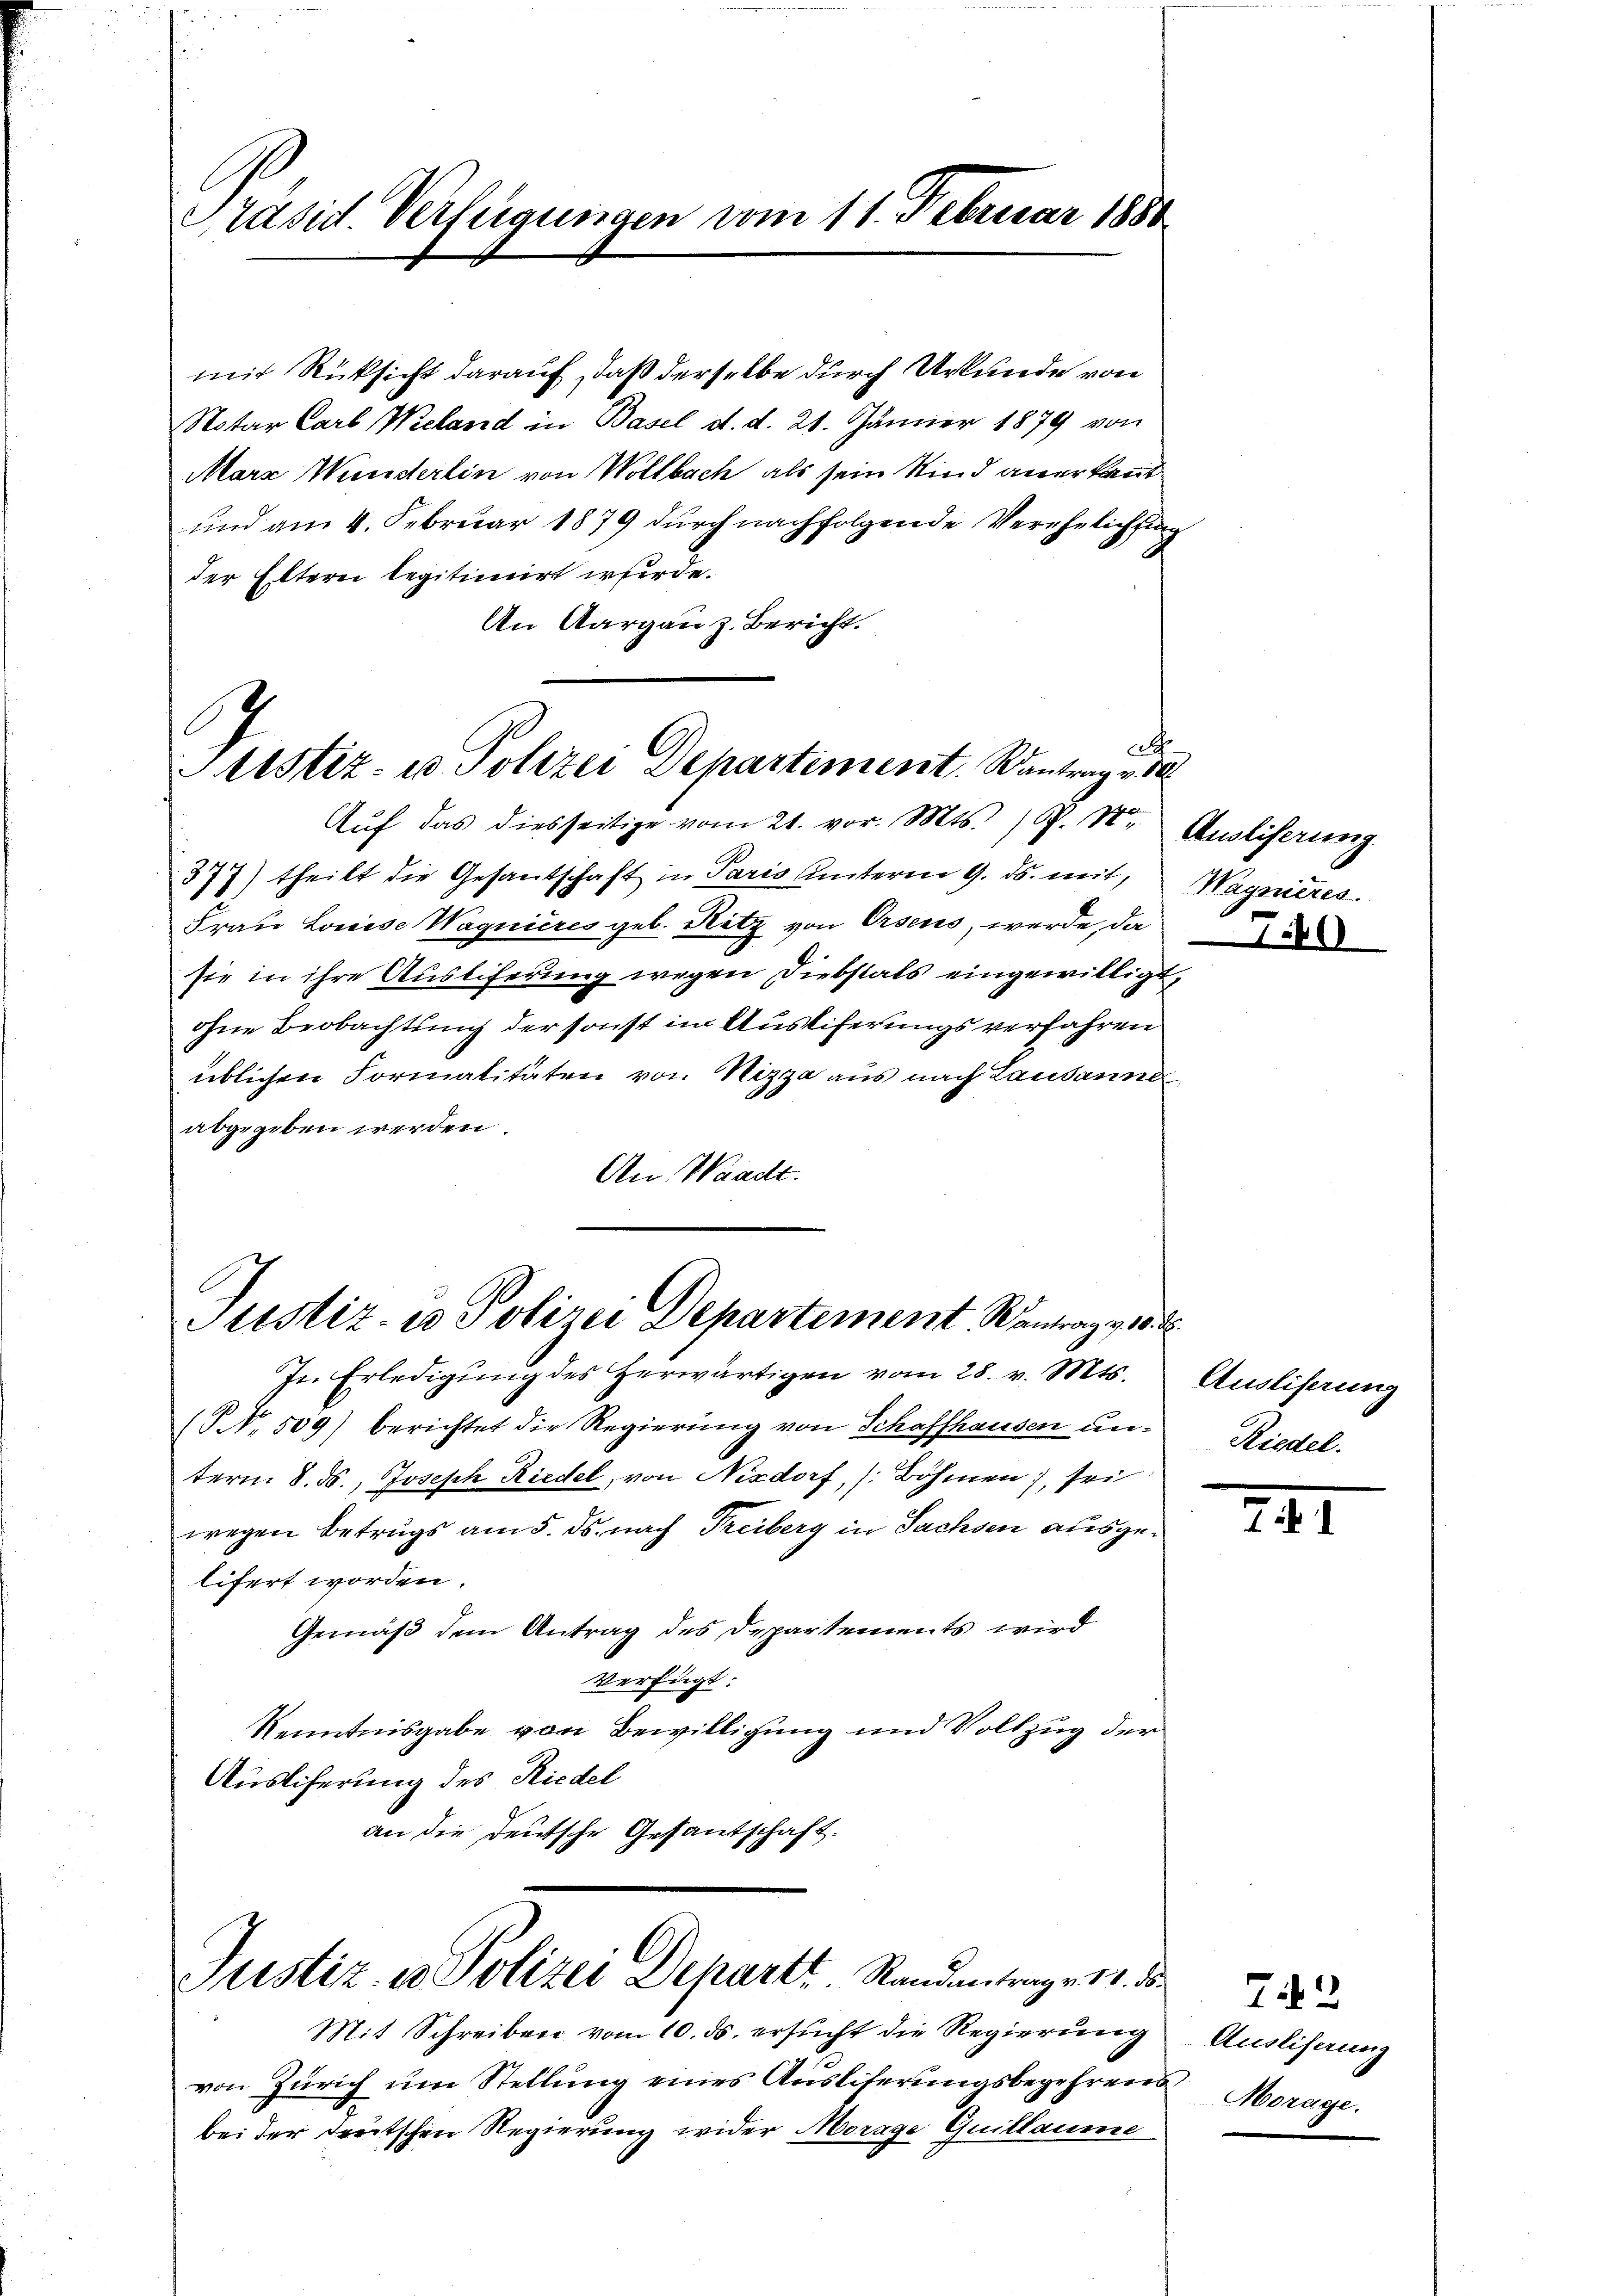
Präsid. Verfügungen vom 11. Februar 1880

mit Rücksicht darauf, daß derselbe durch Urkunde von
Notar Carl Wieland in Basel d. d. 21. Jänner 1879 von
Marx Wunderlin von Wollbach, als sein Kind anerkannt
und am 4. Februar 1879 durch nachfolgende Verehelichtung
der Eltern legitimirt werde.
An Aargau z. Bericht.

at
Sistiz- u Polizei Departement. Rantrag v. 10

Aŭf das diesseitige vom 21. vor. Mts. ) P. M. Ausliferung
377) theilt die Gesantschaft in Paris unterm 9. ds. mit, Wagnieres.
Frau Louise Wagnieres geb. Ritz von Arsens, werde, da
sie in ihre Auslieferung wegen Diebstals eingewilligt,
ohne Beobachtung der sonst im Ausliferungsverfahren
üblichen Formalitäten von Nizza aus nach Lausanne
abgegeben werden.
An Waadt.

(P. 509) berichtet die Regierung von Schaffhausen unterm 8. ds., Joseph Riedel, von Nisdorf, (Böhmen, sei
wegen Betrugs am 5. ds. nach Treiberg in Sachsen ausgelifert worden.
Gemäß dem Antrag des Departements wird
Verfügt:
Kenntnisgabe von Bewilligung und Vollzug der
Auslicherung des Riedel
an die deutsche Gesantschaft.

Justiz- u Polizei Departement Wantrag ver
Jr. Erledigung des Herwärtigen vom 28. v. Mts.

Justiz- u Polizei Departt. Standentrage 11. d.

Mit Schreiben vom 10. ds. ersŭcht die Regierŭng Auslisaung
von Zürich um Stellung eines Auslieferungsbegehrens
bei der dreitschen Regierung wider Morage Guillaume

III

72

¬
Ausliserung
Riedel.

Morage.